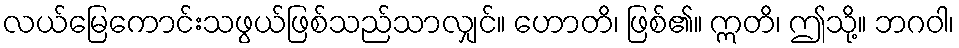
လယ်မြေကောင်းသဖွယ်ဖြစ်သည်သာလျှင်။ ဟောတိ၊ ဖြစ်၏။ ဣတိ၊ ဤသို့။ ဘဂဝါ၊